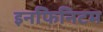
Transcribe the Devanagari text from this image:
इनफिनिटम